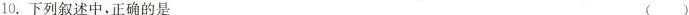
10.下列叙述中，正确的是 （）